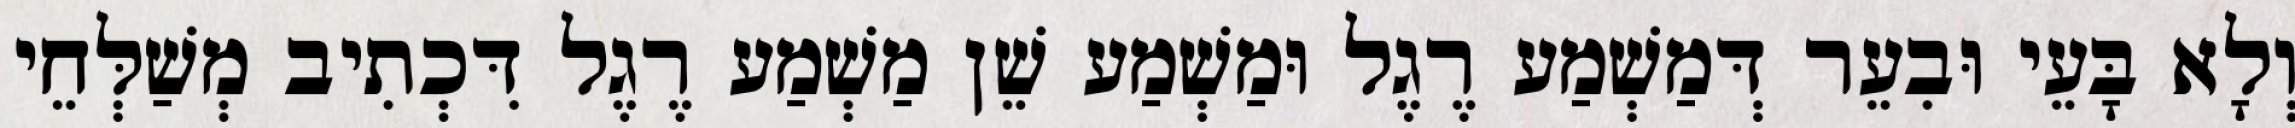
וְלָא בָּעֵי וּבִעֵר דְּמַשְׁמַע רֶגֶל וּמַשְׁמַע שֵׁן מַשְׁמַע רֶגֶל דִּכְתִיב מְשַׁלְּחֵי